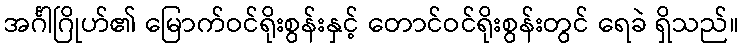
အင်္ဂါဂြိုဟ်၏ မြောက်ဝင်ရိုးစွန်းနှင့် တောင်ဝင်ရိုးစွန်းတွင် ရေခဲ ရှိသည်။